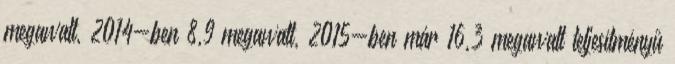
megawatt, 2014-ben 8,9 megawatt, 2015-ben már 16,3 megawatt teljesítményű